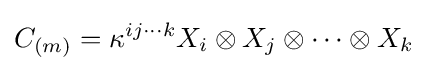
C_{(m)}=\kappa ^{ij\cdots k}X_{i}\otimes X_{j}\otimes \cdots \otimes X_{k}